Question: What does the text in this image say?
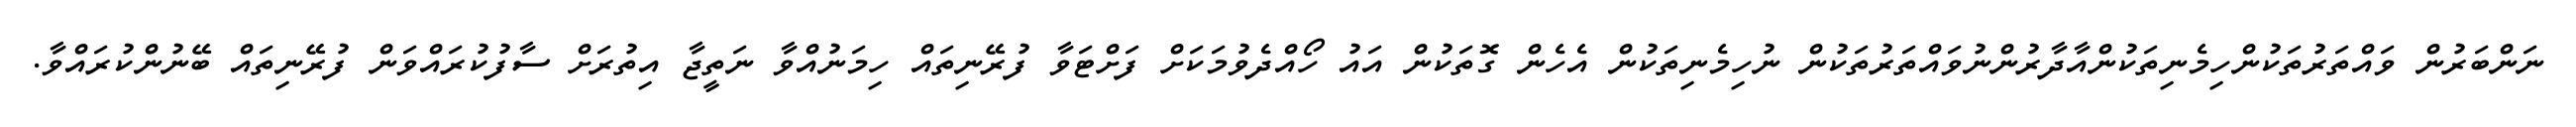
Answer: ނަންބަރުން ވައްތަރުތަކުންހިމެނިތަކުންއާދާރުންނުވައްތަރުތަކުން ނުހިމެނިތަކުން އެހެން ގޮތަކުން އައު ހޯއްދެވުމަކަށް ފަށްޓަވާ ފުރޭނިތައް ހިމަނުއްވާ ނަތީޖާ އިތުރަށް ސާފުކުރައްވަން ފުރޭނިތައް ބޭނުންކުރައްވާ.